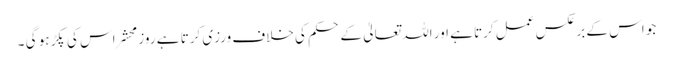
جو اس کے بر عکس عمل کرتا ہے اور اللہ تعالیٰ کے حکم کی خلاف ورزی کرتا ہے روز محشر اس کی پکڑ ہو گی ۔